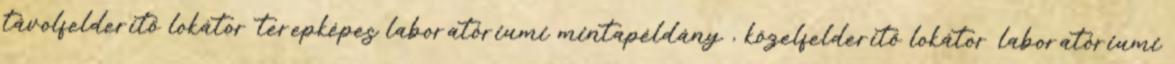
távolfelderítő lokátor terepképes laboratóriumi mintapéldány , közelfelderítő lokátor laboratóriumi